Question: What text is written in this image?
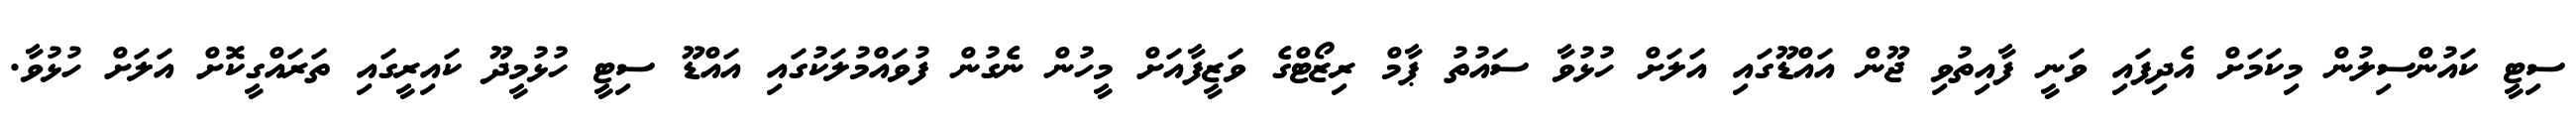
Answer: ސިޓީ ކައުންސިލުން މިކަމަށް އެދިފައި ވަނީ ފާއިތުވި ޖޫން އައްޑޫގައި އަލަށް ހުޅުވާ ސައުތު ޕާމް ރިޒޯޓްގެ ވަޒީފާއަށް މީހުން ނެގުން ފުވައްމުލަކުގައި އައްޑޫ ސިޓީ ހުޅުމީދޫ ކައިރީގައި ތަރައްގީކޮށް އަލަށް ހުޅުވާ.